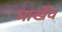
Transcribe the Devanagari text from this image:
मार्खेंव